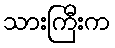
သားကြီးက